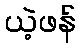
ယဲ့ဖန်